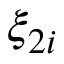
\xi _ { 2 i }